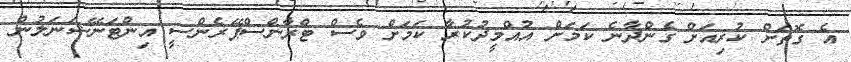
އެ ގޮތަށް ކުރިއަށް ގެންދާނެ ކަމަށް އުއްމީދުކުރާ ކަމަށް ވެސް ޓްރާންސްޕޭރެންސީ އިންޓަނޭޝަނަލުން